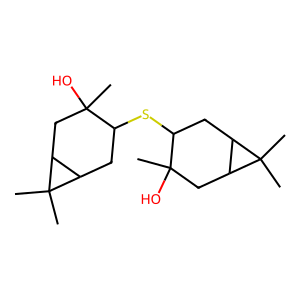
SMILES: CC1(O)CC2C(CC1SC1CC3C(CC1(C)O)C3(C)C)C2(C)C
Inhibits HIV replication: No